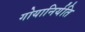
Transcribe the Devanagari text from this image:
गोयानिर्यति